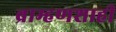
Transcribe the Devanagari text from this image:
ब्राम्हणशाही